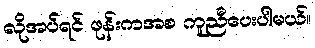
လိုအပ်ရင် ဖုန်းကအစ ကူညီပေးပါမယ်။